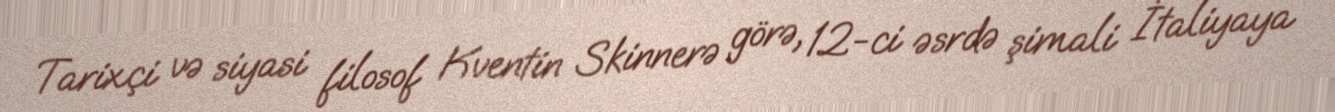
Tarixçi və siyasi filosof Kventin Skinnerə görə, 12-ci əsrdə şimali İtaliyaya